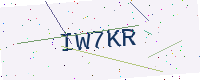
Text: IW7KR